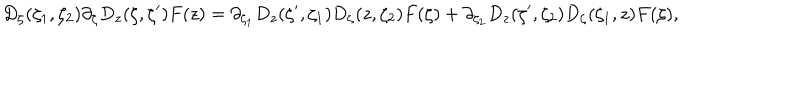
LaTeX: D _ { \zeta } ( \zeta _ { 1 } , \zeta _ { 2 } ) \partial _ { \zeta } D _ { z } ( \zeta , \zeta ^ { \prime } ) F ( z ) = \partial _ { \zeta _ { 1 } } D _ { z } ( \zeta ^ { \prime } , \zeta _ { 1 } ) D _ { \zeta } ( z , \zeta _ { 2 } ) F ( \zeta ) + \partial _ { \zeta _ { 2 } } D _ { z } ( \zeta ^ { \prime } , \zeta _ { 2 } ) D _ { \zeta } ( \zeta _ { 1 } , z ) F ( \zeta ) ,